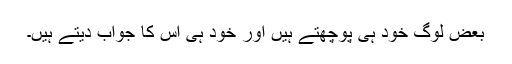
بعض لوگ خود ہی پوچھتے ہیں اور خود ہی اس کا جواب دیتے ہیں۔